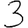
Digit: 3